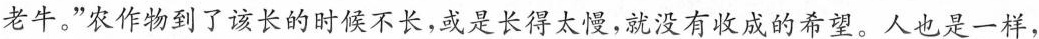
老牛。”农作物到了该长的时候不长，或是长得太慢，就没有收成的希望。人也是一样，